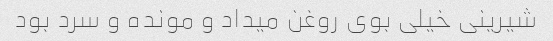
شیرینی خیلی بوی روغن میداد و مونده و سرد بود